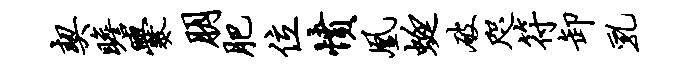
契瞻爨朋肥位愤凰蜓破咫符卸乳